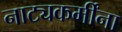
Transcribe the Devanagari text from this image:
नाट्यकर्मींना